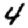
Digit: 4